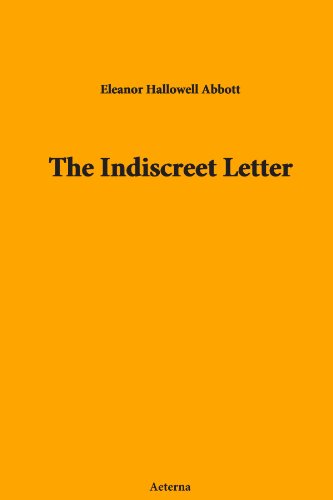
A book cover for The Indiscreet Letter; Hallowell Eleanor; Crafts, Hobbies & Home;